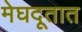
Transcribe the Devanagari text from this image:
मेघदूतात